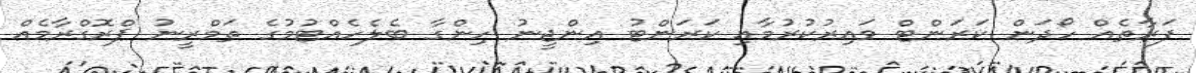
ފަރާތެއް ހޯދަން ކަރަންޓް ވައިރުކުރުމާއި ކަރަންޓު އިންޖީނު ހިންގާ ބެލެހެއްޓުމުގެ ތަމްރީނު ޕްރޮގްރާމެއް